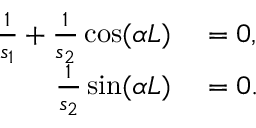
\begin{array} { r l } { \frac { 1 } { s _ { 1 } } + \frac { 1 } { s _ { 2 } } \cos ( \alpha L ) } & { { } = 0 , } \\ { \frac { 1 } { s _ { 2 } } \sin ( \alpha L ) } & { { } = 0 . } \end{array}